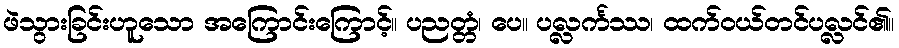
ဖဲသွားခြင်းဟူသော အကြောင်းကြောင့်။ ပညတ္တံ၊ ပေ။ ပလ္လင်္ကဿ၊ ထက်ဝယ်တင်ပလ္လင်၏။